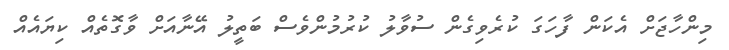
މިންހާޖަށް އެކަން ފާހަގަ ކުރެވިގެން ސުވާލު ކުރުމުންވެސް ބަތީލު އޭނާއަށް ވާގޮތެއް ކިޔައެއް